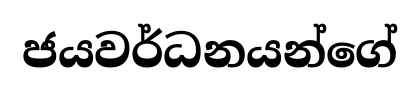
ජයවර්ධනයන්ගේ